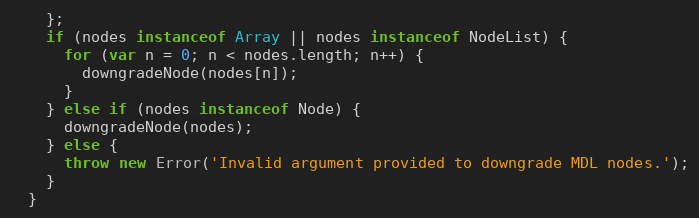
Language: JavaScript
    };
    if (nodes instanceof Array || nodes instanceof NodeList) {
      for (var n = 0; n < nodes.length; n++) {
        downgradeNode(nodes[n]);
      }
    } else if (nodes instanceof Node) {
      downgradeNode(nodes);
    } else {
      throw new Error('Invalid argument provided to downgrade MDL nodes.');
    }
  }